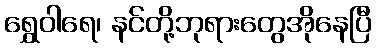
ရွှေဝါရေ၊ နင်တို့ဘုရားတွေအိုနေပြီ